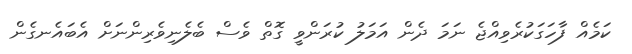
ކަމެއް ފާހަގަކުރެވިއްޖެ ނަމަ ދެން އަމަލު ކުރަންވީ ގޮތް ވެސް ބެލެނިވެރިންނަށް އެބައެނގެން